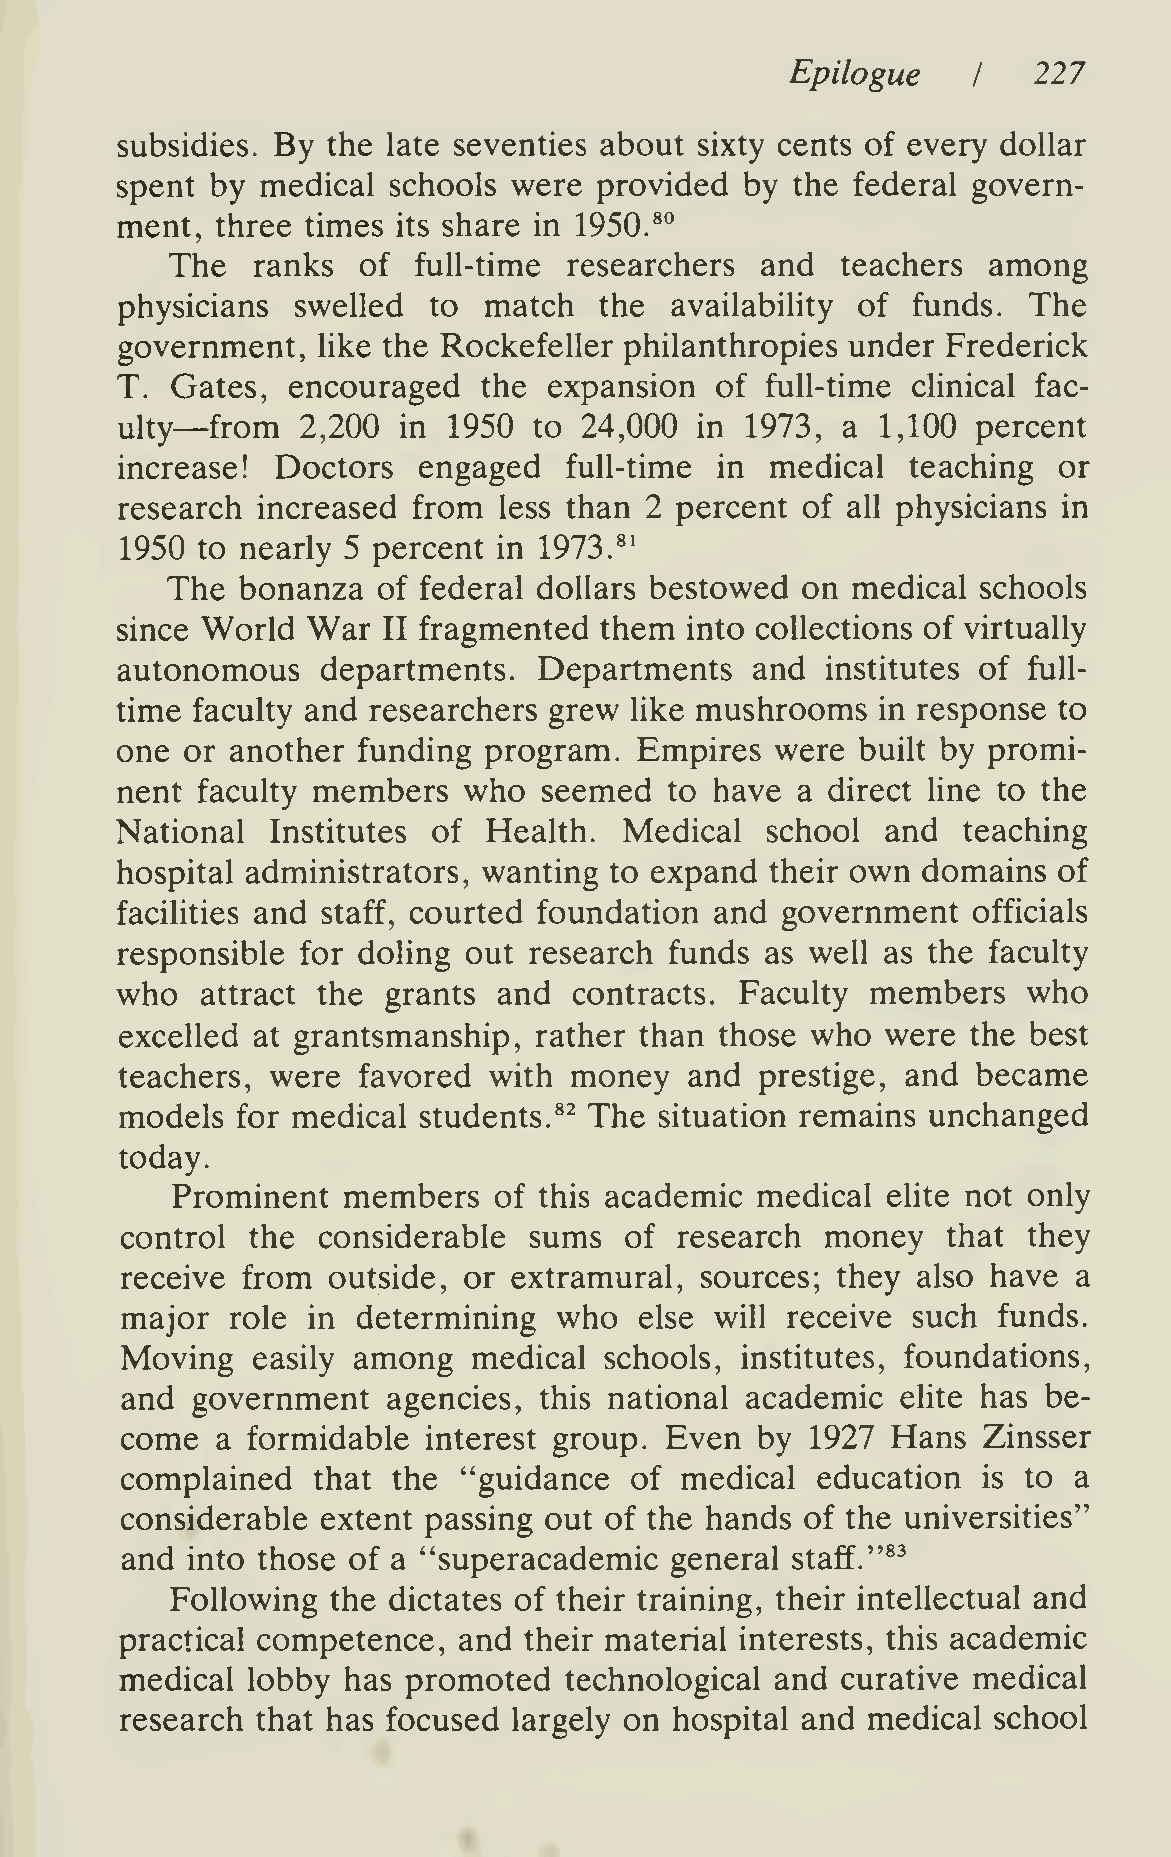
Epilogue        227
 I
 subsidies. By the late seventies about sixty cents of every dollar
 spent by medical  schools were  provided by the  federal govern-
 ment, three times its share in 1950.*^
 The   ranks  of full-time  researchers and   teachers among
 physicians  swelled to  match   the availability of funds.  The
 government,  Uke the Rockefeller philanthropies under  Frederick
 T. Gates,  encouraged   the expansion  of  full-time clinical fac-
 ulty—from   2,200 in  1950 to 24,000  in 1973,  a 1,100  percent
 increase! Doctors   engaged  full-time in  medical  teaching  or
 research increased from  less than 2 percent of all physicians in
 1950 to nearly 5 percent in 1973.«^
 The  bonanza  of federal dollars bestowed on medical  schools
 since World War  II fragmented  them into collections of virtually
 autonomous   departments.   Departments   and  institutes of full-
 time faculty and researchers grew like mushrooms  in response to
 one or another  funding program.  Empires  were  built by promi-
 nent faculty members   who  seemed  to have  a direct line to the
 National  Institutes of Health.  Medical   school  and  teaching
 hospital administrators, wanting to expand their own domains  of
 facilities and staff, courted foundation and government officials
 responsible for doling out research funds  as well as the faculty
 who  attract the grants  and  contracts. Faculty  members   who
 excelled at grantsmanship, rather than  those who  were the best
 teachers, were  favored with  money   and prestige, and  became
 models  for medical students.*^ The situation remains unchanged
 today.
 Prominent   members   of this academic medical  ehte not only
 control the  considerable  sums  of  research  money   that they
 receive from  outside, or extramural, sources; they  also have a
 major  role in  determining  who  else will receive such  funds.
 Moving   easily among  medical  schools, institutes, foundations,
 and  government   agencies, this national academic  elite has be-
 come  a formidable  interest group. Even  by  1927 Hans  Zinsser
 complained   that the "guidance   of medical  education  is to a
 considerable extent passing out of the hands of the universities"
 "*^
 and into those of a "superacademic  general staff.
 Following  the dictates of their training, their intellectual and
 practical competence, and  their material interests, this academic
 medical lobby  has promoted  technological and  curative medical
 research that has focused largely on hospital and medical school